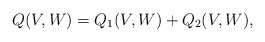
\begin{align*} Q(V,W) = Q_1(V,W)+ Q_2(V,W),\end{align*}